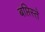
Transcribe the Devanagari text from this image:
बप्तिस्ते